Leaving Certificate Examination (including Day School Certificate (Higher) General paper), 1928
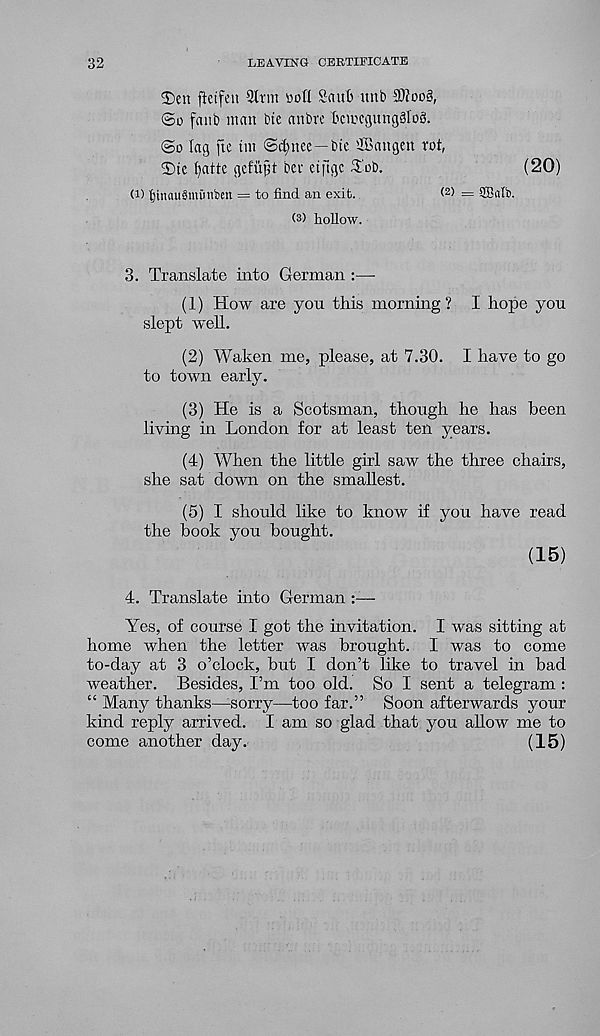
32
LEAVING CERTIFICATE
S)en ftcifen 9lrm Dofl Saub imb 93?oo§,
©d fanb man btc anbrc kmcgungsftoS.
©o lag fte tm ©d)nee—bte ffiangen rot,
©tc t)atte gefujjt bet eiftgc ©ob.
(20)
<15 |inau§mi'mben = to find an exit.
< 2 ) = SBatb.
(s) hollow.
3. Translate into German :—
(1) How are you this morning? I hope you
slept well.
(2) Waken me, please, at 7.30. I have to go
to town early.
(3) He is a Scotsman, though he has been
living in London for at least ten years.
(4) When the little girl saw the three chairs,
she sat down on the smallest.
(5) I should like to know if you have read
the book you bought.
(15)
4. Translate into German :—-
Yes, of course I got the invitation. I was sitting at
home when the letter was brought. I was to come
to-day at 3 o’clock, but I don’t like to travel in bad
weather. Besides, I’m too old. So I sent a telegram :
“ Many thanks—-sorry—too far.” Soon afterwards your
kind reply arrived. I am so glad that you allow me to
come another day.
(15)